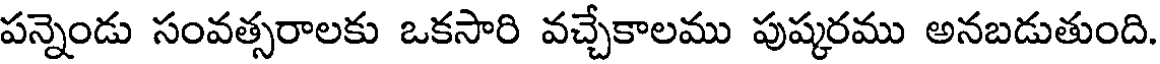
పన్నెండు సంవత్సరాలకు ఒకసారి వచ్చేకాలము పుష్కరము అనబడుతుంది